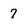
Character: 7